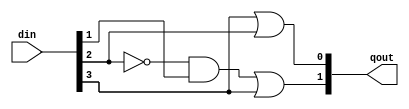
/*--  *******************************************************
--  Computer Architecture Course, Laboratory Sources 
--  Amirkabir University of Technology (Tehran Polytechnic)
--  Department of Computer Engineering (CE-AUT)
--  https://ce[dot]aut[dot]ac[dot]ir
--  *******************************************************
--  All Rights reserved (C) 2019-2020
--  *******************************************************
--  Student ID  : 9931004, 9831029
--  Student Name: Esmaili, Rezvanian
--  Student Mail: 
--  *******************************************************
--  Additional Comments:
--
--*/

/*-----------------------------------------------------------
---  Module Name: Encoder 4 to 2 Gate Level
---  Description: Lab 05 Part 1
-----------------------------------------------------------*/
`timescale 1 ns/1 ns

module encoder4x2 (
	input [3:0] din ,
	output [1:0] qout	
);
	/* write your code here */
	wire din2not; //not of  din2not 
	wire and_out; // and of  din2not and din1
	
	not (din2not, din[2]);
	and (and_out,din2not,din[1]);
	
	or (qout[0],din[3],din[2]);
	or (qout[1],and_out,din[3]);
	
	/* write your code here */

endmodule